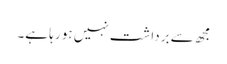
مجھ سے برداشت نہیں ہو رہا ہے۔